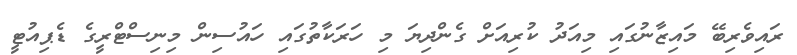
ރައިވެރިބޭ މައިޒާނުގައި މިއަދު ކުރިއަށް ގެންދިޔަ މި ހަރަކާތުގައި ހައުސިން މިނިސްޓްރީގެ ޑެޕިއުޓީ